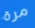
مرة